Elephants and their diseases
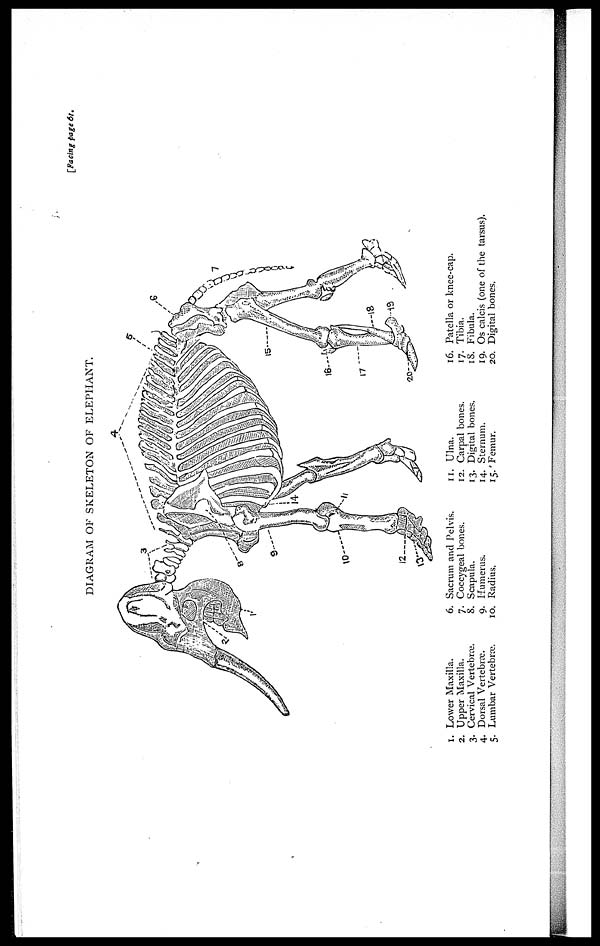
DIAGRAM OF SKELETON OF ELEPHANT.
[Facing page 61.
1.
2.
3.
4.
5.
Lower Maxilla.
Upper Maxilla.
Cervical Vertebræ.
Dorsal Vertebræ.
Lumbar Vertebræ.
6.
7.
8.
9.
10.
Sacrum and Pelvis.
Coccygeal bones.
Scapula.
Humerus.
Radius,
11.
12.
13.
14.
15.
Ulna.
Carpal bones.
Digital bones.
Sternum.
Femur.
16.
17.
18.
19.
20.
Patella or knee-cap.
Tibia.
Fibula.
Os calcis (one of the tarsus)
Digital bones.